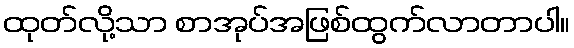
ထုတ်လို့သာ စာအုပ်အဖြစ်ထွက်လာတာပါ။